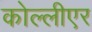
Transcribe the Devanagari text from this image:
कोल्लीएर